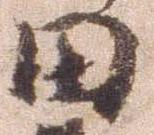
田